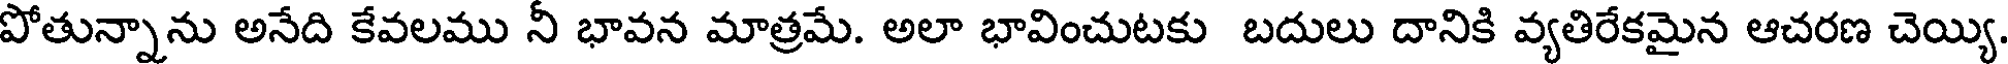
పోతున్నాను అనేది కేవలము నీ భావన మాత్రమే. అలా భావించుటకు బదులు దానికి వ్యతిరేకమైన ఆచరణ చెయ్యి